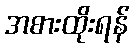
အစားထိုးရန်